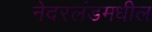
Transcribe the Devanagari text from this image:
नेदरलंडमधील